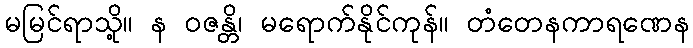
မမြင်ရာသို့။ န ဝဇန္တိ၊ မရောက်နိုင်ကုန်။ တံတေနကာရဏေန